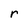
Character: r